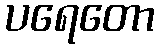
ပရေတော